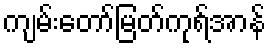
ကျမ်းတော်မြတ်ကုရ်အာန်